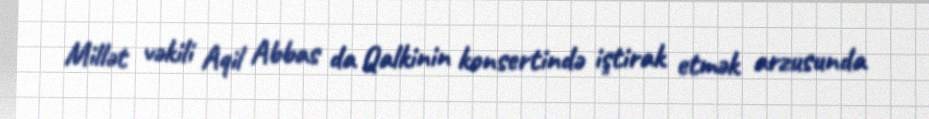
Millət vəkili Aqil Abbas da Qalkinin konsertində iştirak etmək arzusunda